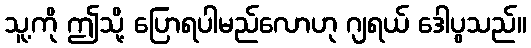
သူ့ကို ဤသို့ ပြောရပါမည်လောဟု ဂျရယ် ဒေါပွသည်။